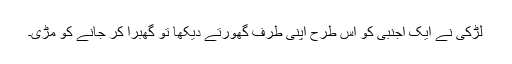
لڑکی نے ایک اجنبی کو اس طرح اپنی طرف گھورتے دیکھا تو گھبرا کر جانے کو مڑی۔